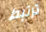
ترتبط